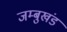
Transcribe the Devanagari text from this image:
जम्बुखंड